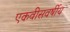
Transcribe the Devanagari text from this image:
एकवीसवर्षीय